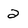
Character: 2